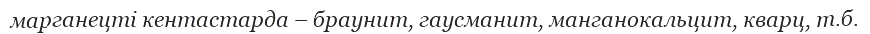
марганецті кентастарда – браунит, гаусманит, манганокальцит, кварц, т.б.